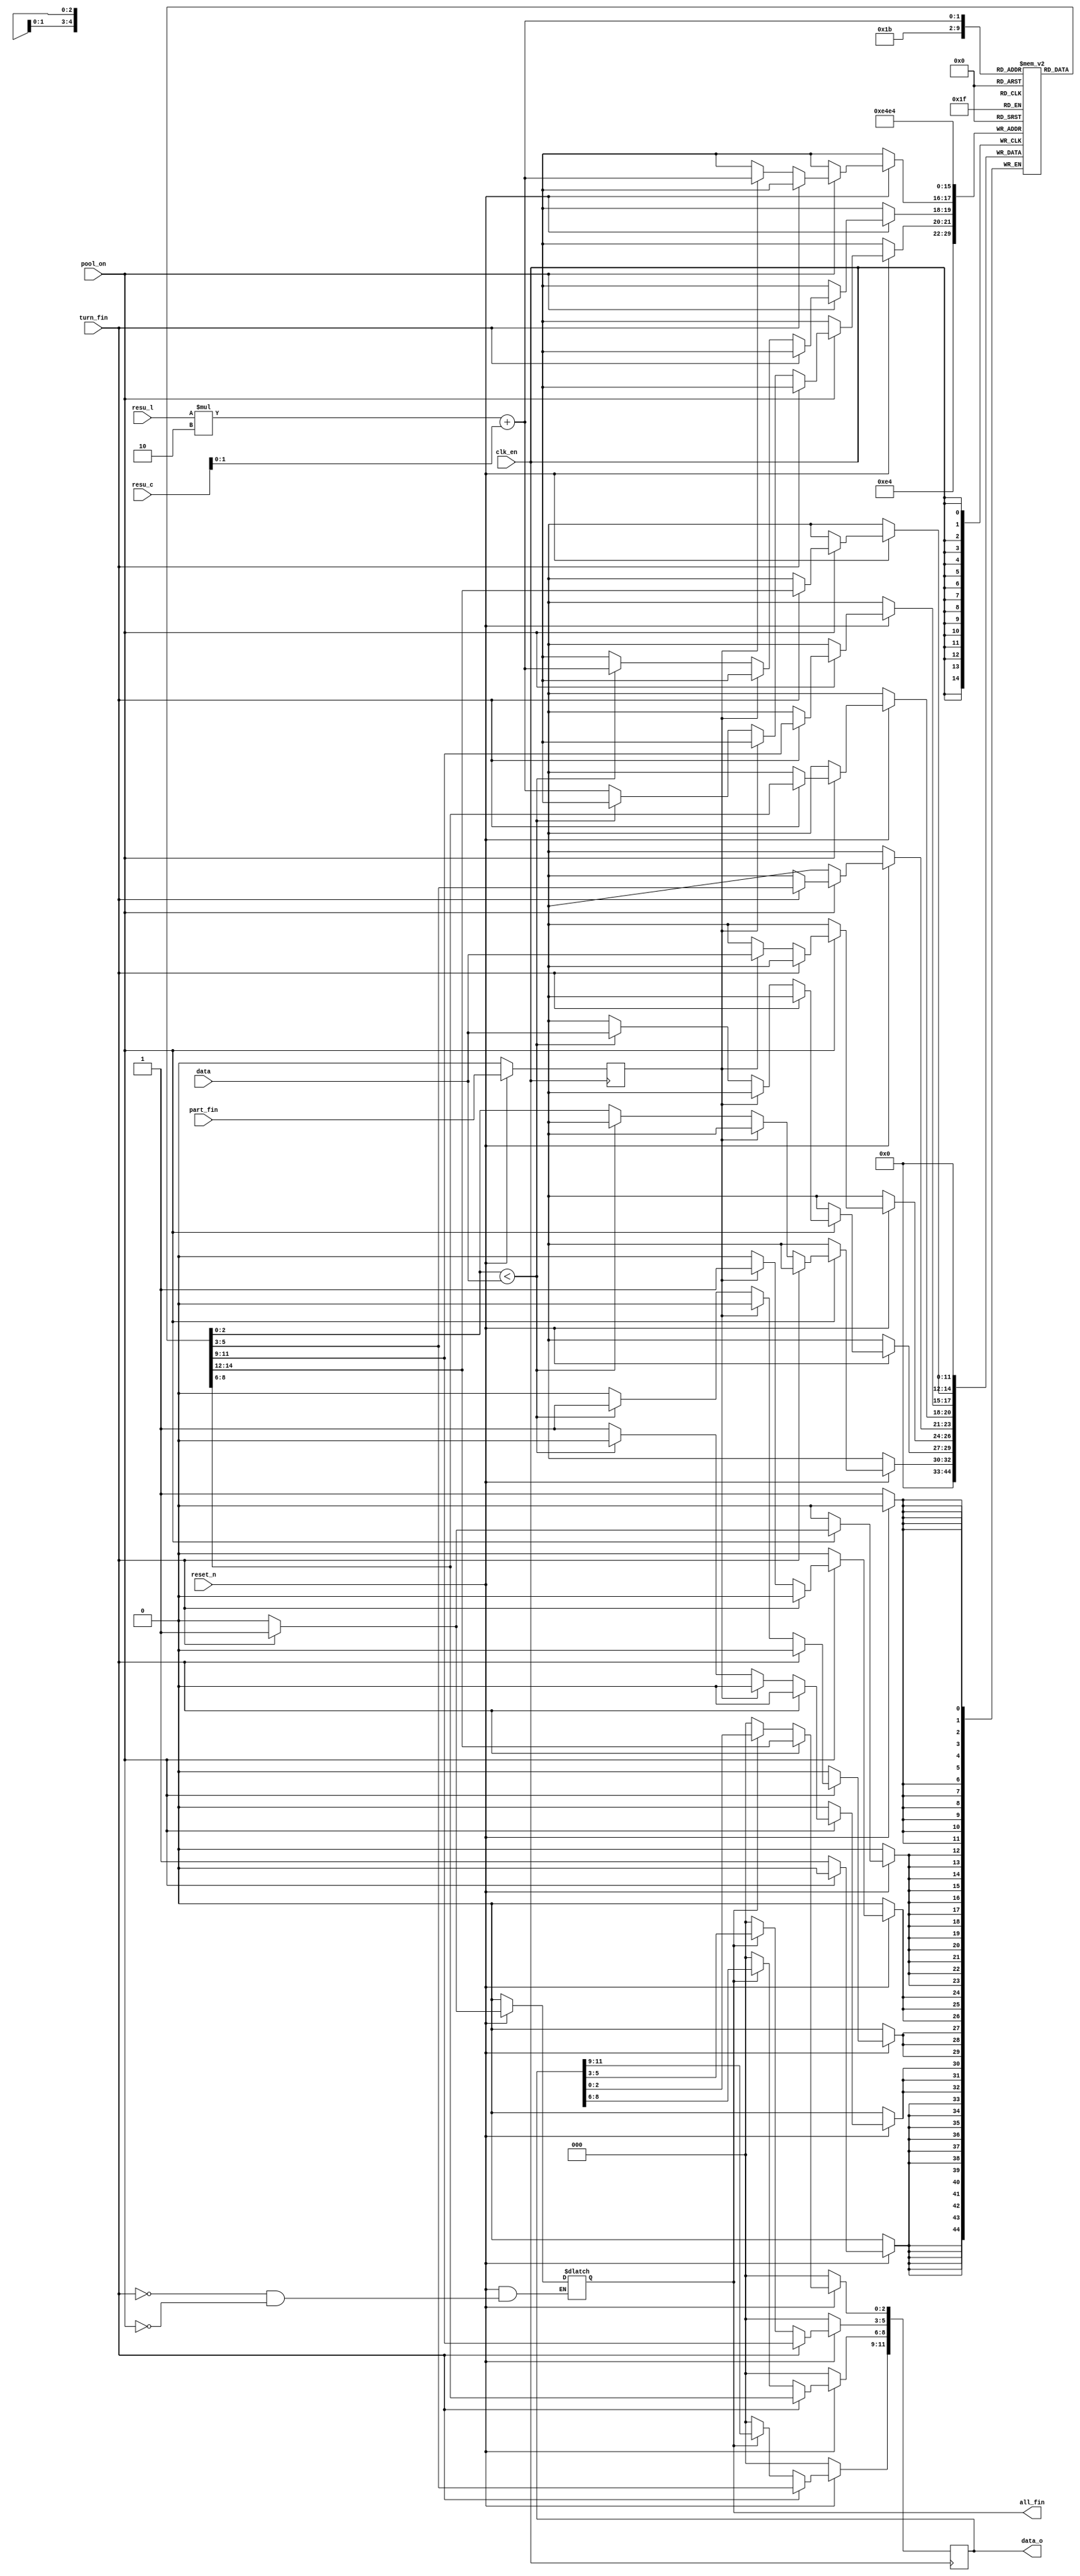
module maxpool_compare #(
    parameter datai_width = 4,
    parameter datai_height = 4,

    parameter kernel_width = 2,
    parameter kernel_height = 2,
    parameter stride = 2,

    parameter padding_en =0,
    parameter padding = 0,

    parameter datao_width = ((datai_width-kernel_width+2*padding)/stride)+1,
    parameter datao_height = ((datai_height-kernel_height+2*padding)/stride)+1,

    parameter bitwidth = 3 
) (
    input clk_en,
    input reset_n,
    input pool_on,
    input part_fin,
    input turn_fin,  

    input [bitwidth-1:0] data,
    input [3:0] resu_l,
    input [3:0] resu_c,

    output [datao_width*datao_height*bitwidth-1:0] data_o,
    output all_fin
);

reg part_fin_q;             //
always @(posedge clk_en) begin
    if(!reset_n)begin
        part_fin_q<=0;
    end
    else begin
        part_fin_q<=part_fin;
    end
end

//
reg [3:0] i;
reg [3:0] j;
reg [bitwidth-1:0] result_array [0:datao_height-1][0:datao_width-1];
always @(posedge clk_en) begin
    if(!reset_n)begin
        for(i=0;i<datao_height;i=i+1)begin
            for(j=0;j<datao_width;j=j+1)begin
                result_array[i][j]<=0;
            end
        end
    end
    else if (pool_on) begin
        if (turn_fin) begin
            for(i=0;i<datao_height;i=i+1)begin
                for(j=0;j<datao_width;j=j+1)begin
                    result_array[i][j]<=result_array[i][j];
                end
            end
        end
        else begin
            if(part_fin_q)begin
                result_array[resu_l][resu_c]<=data;
            end
            else begin
                if(result_array[resu_l][resu_c]<data)begin
                    result_array[resu_l][resu_c]<=data;
                end
                else begin
                    result_array[resu_l][resu_c]<=result_array[resu_l][resu_c];
                end
            end
        end
    end
    else begin
        for(i=0;i<datao_height;i=i+1)begin
            for(j=0;j<datao_width;j=j+1)begin
                result_array[i][j]<=0;
            end
        end
    end
end

//
reg [3:0] x;
reg [3:0] y;
reg [datao_width*datao_height*bitwidth-1:0] rdata_o;
assign data_o = rdata_o;
always @(posedge clk_en)begin
    if(!reset_n)begin
        rdata_o<=0;
    end
    else if(turn_fin)begin
        for(x=0;x<datao_height;x=x+1)begin
            for(y=0;y<datao_width;y=y+1)begin
                rdata_o[(x*datao_width+y)*bitwidth +:bitwidth] <= result_array[x][y]; 
            end
        end
    end
    else if(all_fin)begin
        rdata_o<=rdata_o;
    end
    else begin
        rdata_o<=0;
    end
end

//
reg rall_fin;
assign all_fin=rall_fin;
always @(*)begin
    if(!reset_n)begin
        rall_fin<=0;
    end
    else if(turn_fin)begin
        rall_fin<=1;
    end
    else if(pool_on)begin
        rall_fin<=0;
    end
    else begin
        rall_fin<=rall_fin;
    end
end

endmodule